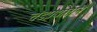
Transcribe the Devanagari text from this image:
चंडप्रद्योताने